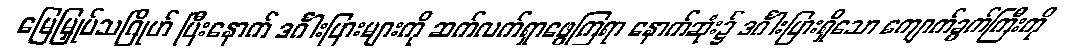
မြေမြှုပ်သဂြိုဟ် ပြီးနောက် ဒင်္ဂါးပြားများကို ဆက်လက်ရှာဖွေကြရာ နောက်ဆုံး၌ ဒင်္ဂါးပြားရှိသော ကျောက်ခွက်ကြီးကို